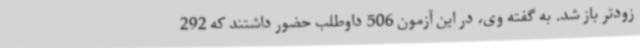
زودتر باز شد. به گفته وی، در این آزمون 506 داوطلب حضور داشتند که 292